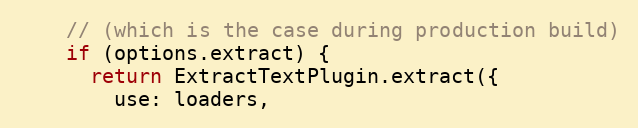
Language: JavaScript
    // (which is the case during production build)
    if (options.extract) {
      return ExtractTextPlugin.extract({
        use: loaders,